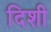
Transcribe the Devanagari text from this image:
दिशी